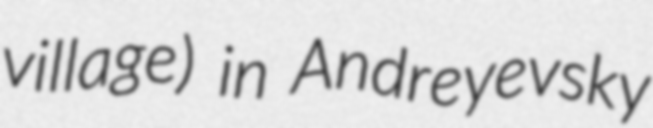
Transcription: village) in Andreyevsky